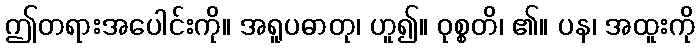
ဤတရားအပေါင်းကို။ အရူပဓာတု၊ ဟူ၍။ ဝုစ္စတိ၊ ၏။ ပန၊ အထူးကို